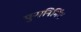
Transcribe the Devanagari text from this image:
पुनानिर्मित